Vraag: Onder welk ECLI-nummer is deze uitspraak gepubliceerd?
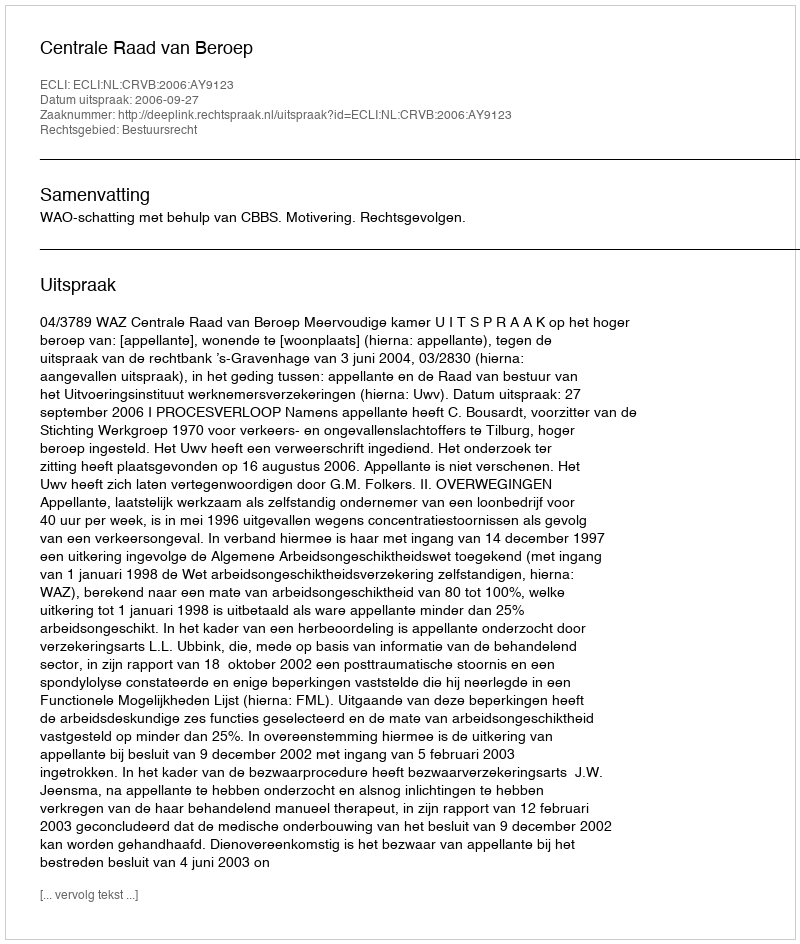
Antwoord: ECLI:NL:CRVB:2006:AY9123